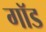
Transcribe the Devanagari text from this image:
गाॅड